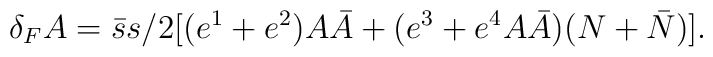
\delta _F A = \bar s s /2 [ (e^1 + e^2) A\bar A  + (e^3 + e^4 A\bar A)(N+ \bar N)].